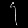
Digit: ၄